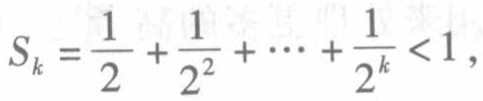
\(S_{k}=\frac{1}{2}+\frac{1}{2^{2}}+\cdots+\frac{1}{2^{k}}<1\)